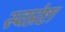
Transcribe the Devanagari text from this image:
स्वप्नंष्टा